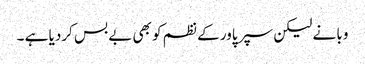
وبا نے لیکن سپر پاور کے نظم کو بھی بے بس کردیا ہے ۔